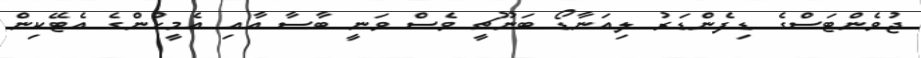
ޖުވެންޓަސްގެ ޑިފެންޑަރު ލިއަނާޑޯ ބަނޫޗީ ވެސް ވަނީ ބާސާ އާއި އެމީހުންގެ އެޓޭކިން